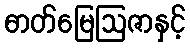
ဓာတ်မြေဩဇာနှင့်